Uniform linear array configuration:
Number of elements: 8
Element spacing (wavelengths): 1
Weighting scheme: uniform
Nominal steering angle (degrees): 30
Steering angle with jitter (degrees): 30.365
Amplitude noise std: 0.05
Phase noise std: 0.05

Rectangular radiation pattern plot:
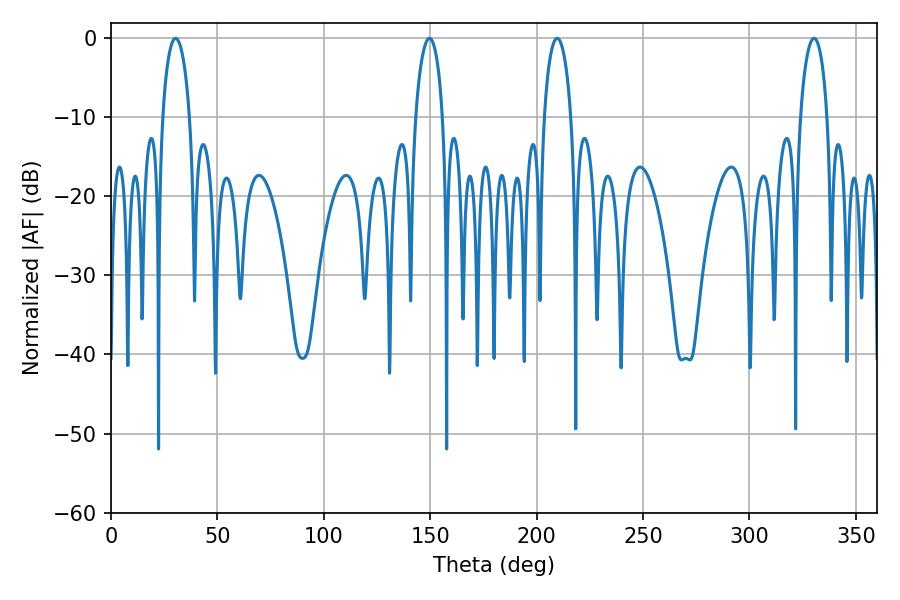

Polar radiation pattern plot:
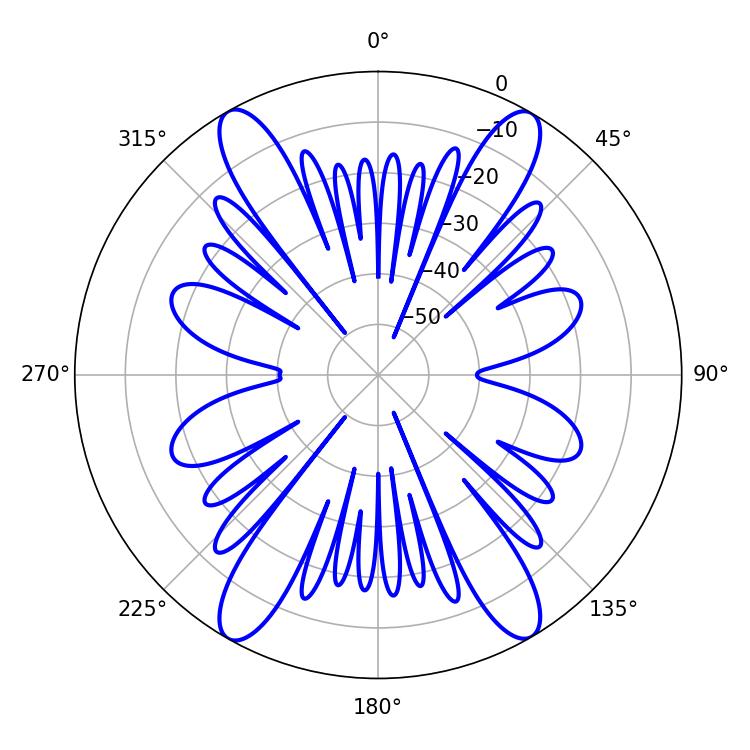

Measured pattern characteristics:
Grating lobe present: TRUE
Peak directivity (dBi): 30.761
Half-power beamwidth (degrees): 7.2
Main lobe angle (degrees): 209.7